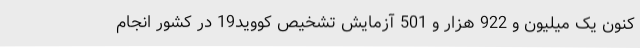
کنون یک میلیون و 922 هزار و 501 آزمایش تشخیص کووید19 در کشور انجام